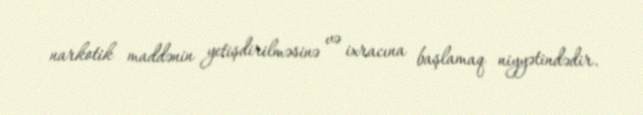
narkotik maddənin yetişdirilməsinə və ixracına başlamaq niyyətindədir.